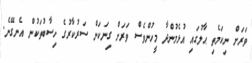
ވަރަށް ނިކަމެތި ޙާލުގައި އުޅެމުންދާ މީހުންވެސް ވަރަށް ގިނަކަން ސަރުކާރުގެ ހިސާބުތަކުން އެނގޭނެ.